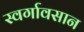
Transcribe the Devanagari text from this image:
स्वर्गावसान